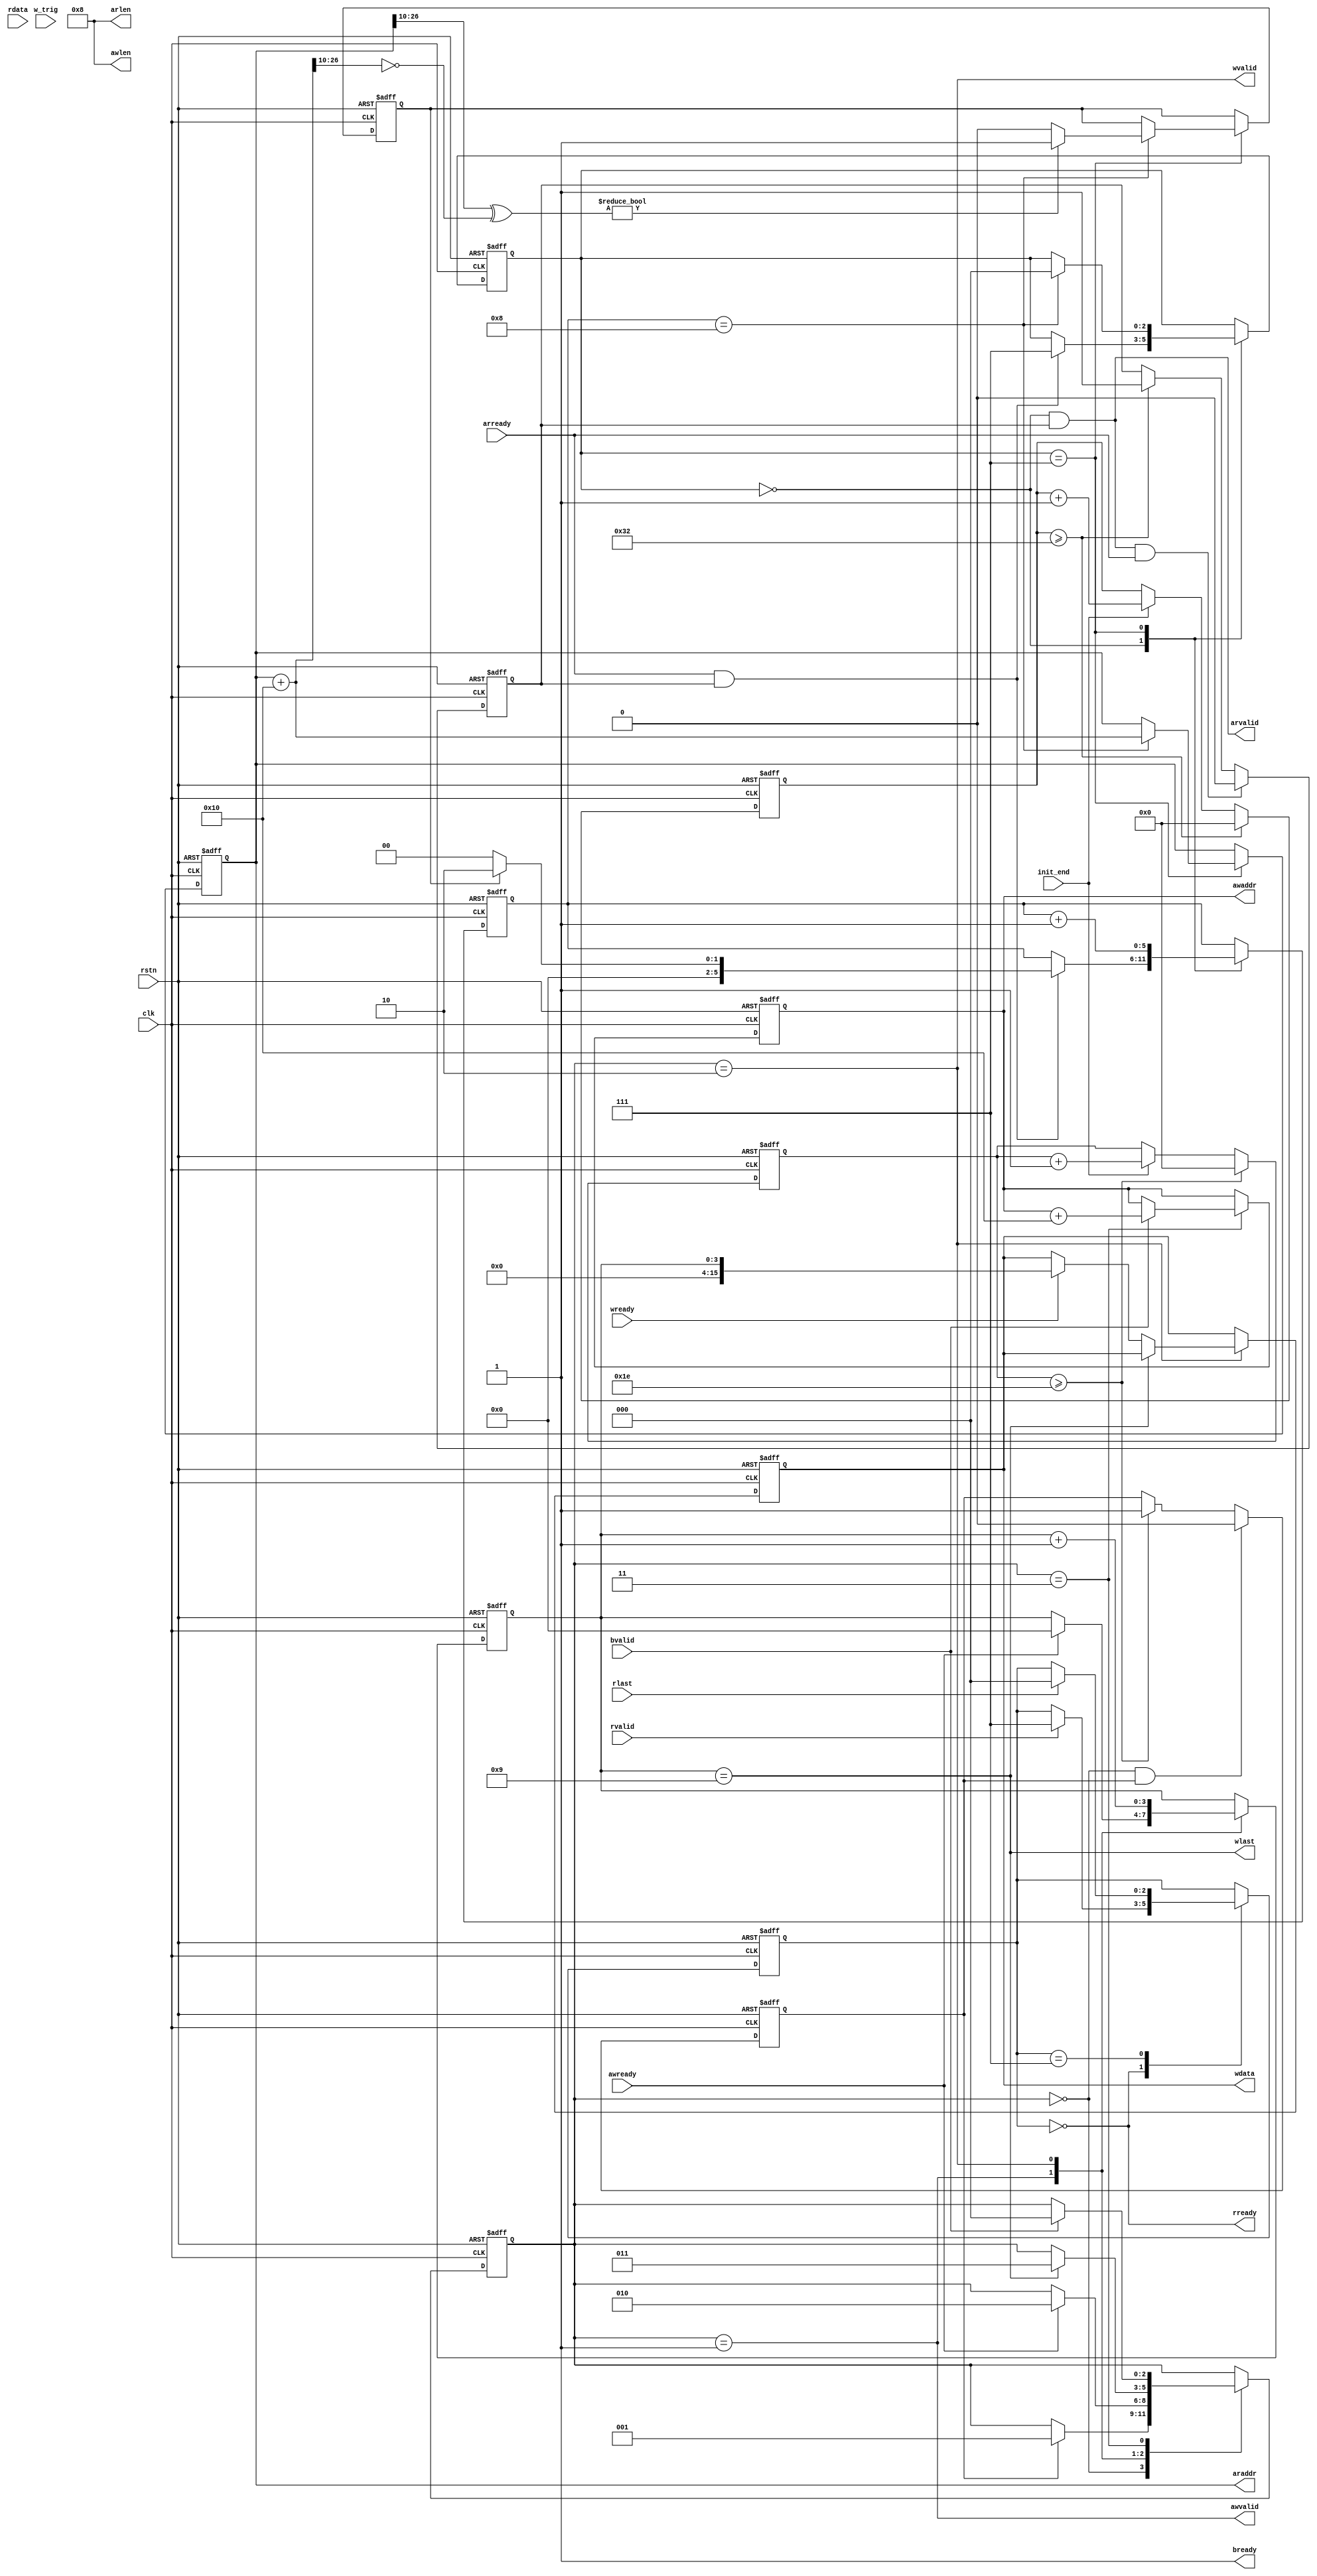
module axi_master #(
    parameter           ADDR_WIDTH  = 27,
    parameter           DATA_WIDTH  = 16,
    parameter           DATA_LEVEL  = 2,
    parameter           COL_BITS    = 10, // Number of Column bits
    parameter   [7:0]   WBURST_LEN  = 8'd8,
    parameter   [7:0]   RBURST_LEN  = 8'd8 
)(
    input   wire                        rstn,
    input   wire                        clk,
    input   wire                        init_end,
    input   wire                        w_trig,
    output  wire                        awvalid,
    input   wire                        awready,
    output  reg     [ADDR_WIDTH-1:0]    awaddr,
    output  wire    [           7:0]    awlen,
    output  wire                        wvalid,
    input   wire                        wready,
    output  wire                        wlast,
    output  reg     [DATA_WIDTH-1:0]    wdata,
    input   wire                        bvalid,
    output  wire                        bready,

    output  wire                        arvalid,
    input   wire                        arready,
    output  reg     [ADDR_WIDTH-1:0]    araddr,
    output  wire              [7:0]     arlen,
    input   wire                        rvalid,
    output  wire                        rready,
    
    input   wire                        rlast,
    input   wire    [DATA_WIDTH-1:0]    rdata

);


//state_w
parameter   IDLE    = 3'b000;
parameter   AW      = 3'b001;
parameter   W       = 3'b010;   
parameter   B       = 3'b011;
parameter   AR      = 3'b101;
parameter   R       = 3'b110;   
parameter   RUN     = 3'b111;   
reg     [2:0]   state_w;

reg     [2:0]   state_ar;
reg     [2:0]   state_r;
reg     [5:0]   ar_cnt;
reg             mark;
reg             same_ba_col_r;
wire    [ADDR_WIDTH-1:0]   next_araddr;
assign next_araddr = araddr + 'd16;
//initial  awaddr = 'd0;

reg     [3:0]   w_cnt;
reg     [3:0]   r_cnt;

assign awvalid  = state_w == AW;
assign awlen    = WBURST_LEN;
assign wlast    = w_cnt == awlen + 1;
assign wvalid   = state_w == W;
assign bready   = 1'b1;
assign arlen    = WBURST_LEN;
//让初始化后的前面9us单纯写，之后开始读
parameter   wr_circle = 1500;//9us/5ns = 1800
integer     cnt_circle;
always @(posedge clk or negedge rstn) begin
    if(!rstn) 
        cnt_circle <= 'd0;
    else if(init_end && cnt_circle < wr_circle)
        cnt_circle <= cnt_circle + 1;
end


parameter   delay_wr_gap = 30;
parameter   delay_rd_gap = 50;
integer  cnt_wr_gap;
integer  cnt_rd_gap;
reg         wr_req;
reg         rd_req;

// always @(posedge clk or negedge rstn) begin
//     if(!rstn) 
//         cnt_wr_gap <= 'd0;
//     else if( cnt_wr_gap >= delay_wr_gap) 
//         cnt_wr_gap <= 'd0;        
//     else if(init_end && cnt_circle < wr_circle)
//         cnt_wr_gap <= cnt_wr_gap + 'd1;        
// end

// //每隔50ns请求一次写请求，被允许后置低
// always @(posedge clk or negedge rstn) begin
//     if(!rstn) 
//         wr_req <= 1'b0;
//     else if(state_w == IDLE && wr_req == 1'b1) 
//         wr_req <= 1'b0;
//     else if(cnt_wr_gap >= delay_wr_gap) 
//         wr_req <= 1'b1;   
// end

// always @(posedge clk or negedge rstn) begin
//     if(!rstn) 
//         cnt_rd_gap <= 'd0;
//     else if( cnt_rd_gap >= delay_rd_gap) 
//         cnt_rd_gap <= 'd0;        
//     else if(init_end && cnt_circle == wr_circle)
//         cnt_rd_gap <= cnt_rd_gap + 'd1;        
// end
// always @(posedge clk or negedge rstn) begin
//     if(!rstn) 
//         rd_req <= 1'b0;
//     else if(arvalid == 1'b1 && arready == 1'b1 ) 
//         rd_req <= 1'b0;
//     else if(cnt_rd_gap >= delay_rd_gap && cnt_circle == wr_circle) 
//         rd_req <= 1'b1;   
// end
always @(posedge clk or negedge rstn) begin
    if(!rstn) 
        cnt_wr_gap <= 'd0;
    else if( cnt_wr_gap >= delay_wr_gap) 
        cnt_wr_gap <= 'd0;        
    else if(init_end)
        cnt_wr_gap <= cnt_wr_gap + 'd1;        
end

//每隔50ns请求一次写请求，被允许后置低
always @(posedge clk or negedge rstn) begin
    if(!rstn) 
        wr_req <= 1'b0;
    else if(state_w == IDLE && wr_req == 1'b1) 
        wr_req <= 1'b0;
    else if(cnt_wr_gap >= delay_wr_gap) 
        wr_req <= 1'b1;   
end

always @(posedge clk or negedge rstn) begin
    if(!rstn) 
        cnt_rd_gap <= 'd0;
    else if( cnt_rd_gap >= delay_rd_gap) 
        cnt_rd_gap <= 'd0;        
    else if(init_end)
        cnt_rd_gap <= cnt_rd_gap + 'd1;        
end
always @(posedge clk or negedge rstn) begin
    if(!rstn) 
        rd_req <= 1'b0;
    else if(arvalid == 1'b1 && arready == 1'b1 ) 
        rd_req <= 1'b0;
    else if(cnt_rd_gap >= delay_rd_gap) 
        rd_req <= 1'b1;   
end

always@(posedge clk or negedge rstn) begin
    if(!rstn) begin
       awaddr <= 'd16;
       w_cnt <= 'd0;
       state_w <= IDLE;
       wdata <= 'd0;
    end else begin
        case(state_w)
            IDLE:begin
                // if(w_trig) 
                if(wr_req)
                    state_w <= AW;
            end
            AW:  if(awready)begin
                   state_w <= W;
                   w_cnt <= 8'd0;
            end
            W:begin
                w_cnt <= w_cnt + 1;
                if(wlast)
                  state_w <= B;
                else if(wready) 
                  wdata <= w_cnt;
            end
            B:begin
                if (bvalid) begin 
                    awaddr <= awaddr + 'd16;
                    state_w <= IDLE;
                end
            end
        endcase

    end
end  




assign arvalid = state_ar == IDLE && rd_req == 1'b1;
always@(posedge clk or negedge rstn) begin
    if(!rstn) begin
       araddr <= 'd16;
       ar_cnt <= 'd0;
       state_ar <= IDLE;
       mark <= 1'b0;
       same_ba_col_r <= 0;
    end else begin
        case(state_ar)
            IDLE:begin
                if(arready && rd_req)begin 
                    state_ar <= RUN;
                    ar_cnt <= same_ba_col_r == 1'b1 ? 'd2 : 'd0;
               end
           end
            RUN:begin
                ar_cnt <= ar_cnt + 'd1;
                // if(ar_cnt == 'd4) 
                //     mark <= 1'b1;
                // else if(state_r == RUN)
                //     mark <= 1'b0;
                if(ar_cnt == 'd8) begin
                    same_ba_col_r <= araddr[ADDR_WIDTH-1 : COL_BITS] ^ next_araddr[ADDR_WIDTH-1 : COL_BITS] == 'd0 ? 1'b1 : 1'b0;
                    araddr <= next_araddr;
                    state_ar <= IDLE;  
                end 
            end
        endcase
    end
end


assign rready = state_r == IDLE;
always@(posedge clk or negedge rstn) begin
    if(!rstn) begin
       r_cnt <= 'd0;
       state_r <= IDLE;
    end else begin
        case(state_r)
            IDLE:begin
                // if(mark) begin
                if(rvalid) begin
                    state_r <= RUN;
                    r_cnt <= 'd0;
                end
            end
            RUN:begin
                r_cnt <= r_cnt + 'd1;
                if(rlast)
                    state_r <= IDLE; 
            end
        endcase
    end
end
// always@(posedge clk or negedge rstn) begin
//     if(!rstn) begin
//        araddr <= 'd16;
//        r_cnt <= 'd0;
//        state_r <= IDLE;
//     end else begin
//         case(state_r)
//             IDLE:begin
//                 if(rd_req)
//                     state_r <= AR;
//             end
//             AR:  if(arready)begin
//                    state_r <= R;
//                    r_cnt <= 8'd0;
//             end
//             R:begin
//                 r_cnt <= r_cnt + 1;
//                 if(rlast)
//                   state_r <=  IDLE;
//             end
//         endcase

//     end
// end

endmodule